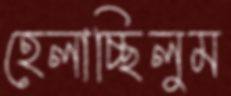
হেলাচ্ছিলুম